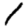
Digit: 1